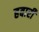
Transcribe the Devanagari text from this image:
हबारी